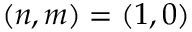
( n , m ) = ( 1 , 0 )